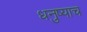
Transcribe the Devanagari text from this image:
धनुष्याच